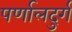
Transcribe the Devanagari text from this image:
पर्णालदुर्ग